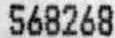
568268